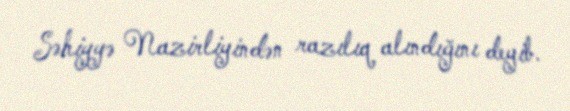
Səhiyyə Nazirliyindən razılıq alındığını deyib.